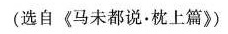
(选自《马未都说。枕上篇》)